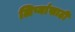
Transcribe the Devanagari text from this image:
लिप्यांसाठी